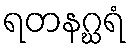
ရတနဂ္ဃရံ